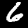
Label: 6